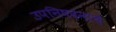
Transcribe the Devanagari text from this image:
उपनिषदनाचे